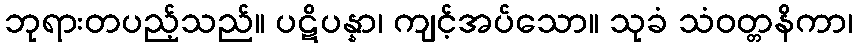
ဘုရားတပည့်သည်။ ပဋိပန္နာ၊ ကျင့်အပ်သော။ သုခံ သံဝတ္တနိကာ၊